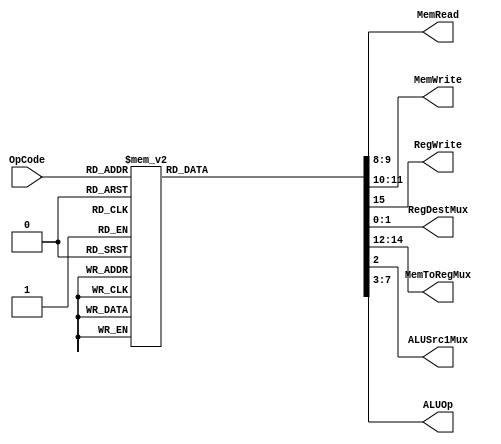
`timescale 1ns / 1ps
//////////////////////////////////////////////////////////////////////////////////
// Company: University of Arizona
// 
// Module Name: Control
//////////////////////////////////////////////////////////////////////////////////


module Control(OpCode, MemRead, MemWrite, RegWrite, 
                RegDestMux, MemToRegMux, 
                ALUSrc1Mux, ALUOp);
    
    input [5:0] OpCode;
    output reg RegWrite;
    output reg ALUSrc1Mux; 
    output reg [1:0] RegDestMux, MemRead, MemWrite;
    output reg [2:0] MemToRegMux;
    output reg [4:0] ALUOp;
    
    /*
    MemRead, MemWrite, RegWrite: 0 = off, 1 = on
    ALUSrc1Mux: 0 = rt, 1 = immediate value
    RegDestMux: 0 = rt, 1 = rd, 2 = 31bit thing, 3 = unused
    MemToRegMux: 0 = ALU1Result, 1 = MemReadData, 2 = rs, 3 = ShiftVal from something, 4 = add 4??, 5 = ALU Zero flag 
    ALUOp: Identifiers for ALUController
    */
    
    always @(OpCode)
    begin
        case(OpCode)
            // "SPECIAL" opcode
            // Add (signed), Add (unsigned), Subtract (signed), Multiply Word (signed), Multiply Word (unsigned)
            // AND, OR, NOR, XOR, Shift Left SLL, Shift Left Var SLLV, Shift Right SRL, Shift Right Var SRLV
            // SLT (signed), SLTU unsigned), Move Cond. Zero MOVZ, Move Cond. NZero MOVN
            // Shift Right Arithmetic SRA, Shift Right Variable SRAV, 
            // ROTR (has 00001 in rs field), ROTRV (has 00001 in sa field)
            6'b000000:  //ALUOp = 0
            begin
                RegDestMux <= 2'b01;    // Choose: rd
                ALUSrc1Mux <= 0;        // Choose: rt
                ALUOp <= 5'b00000;      // 
                MemRead <= 0;           // Not reading memory
                MemWrite <= 0;          // Not writing memory
                MemToRegMux <= 3'b000;  // Choose: ALU output
                RegWrite <= 1;          // Write to Register
            end
            
            // "SPECIAL2" opcodes
            // Multiply MUL (32 least sig bit), MADD, MSUB
            6'b011100:  //ALUOp = 1
            begin
                RegDestMux <= 2'b01;    // Choose: rd (rd = 0 for MADD/MSUB)
                ALUSrc1Mux <= 0;        // Choose: rt
                ALUOp <= 5'b00001;      // 
                MemRead <= 0;           // Not reading memory
                MemWrite <= 0;          // Not writing memory
                MemToRegMux <= 3'b000;  // Choose: ALU output for MUL -> rd, MAdd/MSub HiLo stay in ALU
                RegWrite <= 1;          // Write to Register
            end
            
            // "SPECIAL3" opcodes
            // Sign Extend Half SEH, Sign Extend Byte SEB
            // FIXME FIXME FIXME FIXME FIXME FIXME@@@@@@@@@@@@@@@@@@@@@@@@@@@@@@@@@@@@@
            6'b011111:  //ALUOp = 2
            begin
                RegDestMux <= 2'b01;    // Choose: rd
                ALUSrc1Mux <= 0;        // Choose: rt
                ALUOp <= 5'b00010;      // 
                MemRead <= 0;           // Not reading memory
                MemWrite <= 0;          // Not writing memory
                MemToRegMux <= 3'b000;  // Choose: ALU output
                RegWrite <= 1;          // Write to Register
            end
            
            // Add Immediate Signed
            6'b001000:  //ALUOp = 3
            begin
                RegDestMux <= 2'b00;    // Choose: rt
                ALUSrc1Mux <= 1;        // Choose: imme
                ALUOp <= 5'b00011;      // 
                MemRead <= 0;           // Not accessing memory
                MemWrite <= 0;          // Not writing memory
                MemToRegMux <= 3'b000;  // Choose: ALU output
                RegWrite <= 1;          // Write to Register
            end
            
            // Add Immediate Unsigned
            6'b001001:  //ALUOp = 4
            begin
                RegDestMux <= 2'b00;    // Choose: rt
                ALUSrc1Mux <= 1;        // Choose: imme
                ALUOp <= 5'b00100;      // 
                MemRead <= 0;           // Not accessing memory
                MemWrite <= 0;          // Not writing memory
                MemToRegMux <= 3'b000;  // Choose: ALU output
                RegWrite <= 1;          // Write to Register
            end
            
            //AND Immediate
            6'b001100:  //ALUOp = 5
            begin
                RegDestMux <= 2'b00;    // Choose: rt
                ALUSrc1Mux <= 1;        // Choose: imme
                ALUOp <= 5'b00101;      //
                MemRead <= 0;           // Not accessing memory
                MemWrite <= 0;          // Not writing memory
                MemToRegMux <= 3'b000;  // Choose: ALU output
                RegWrite <= 1;          // Write to Register
            end
            
            //OR Immediate
            6'b001101:  //ALUOp = 6
            begin
                RegDestMux <= 2'b00;    // Choose: rt
                ALUSrc1Mux <= 1;        // Choose: imme
                ALUOp <= 5'b00110;      // 
                MemRead <= 0;           // Not accessing memory
                MemWrite <= 0;          // Not writing memory
                MemToRegMux <= 3'b000;  // Choose: ALU output
                RegWrite <= 1;          // Write to Register
            end
            
            //XOR Immediate
            6'b001110:  //ALUOp = 7
            begin
                RegDestMux <= 2'b00;    // Choose: rt
                ALUSrc1Mux <= 1;        // Choose: imme
                ALUOp <= 5'b00111;      // 
                MemRead <= 0;           // Not accessing memory
                MemWrite <= 0;          // Not writing memory
                MemToRegMux <= 3'b000;  // Choose: ALU output
                RegWrite <= 1;          // Write to Register
            end
           
            //Set Less Than Immediate
            6'b001010:  //ALUOp = 8
            begin
                RegDestMux <= 2'b00;    // Choose: rt
                ALUSrc1Mux <= 1;        // Choose: imme
                ALUOp <= 5'b01000;      // 
                MemRead <= 0;           // Not accessing memory
                MemWrite <= 0;          // Not writing memory
                MemToRegMux <= 3'b000;  // Choose: ALU output
                RegWrite <= 1;          // Write to Register
            end
                        
            //Set Less Than Immediate (Unsigned)
            6'b001011:  //ALUOp = 9
            begin
                RegDestMux <= 2'b00;    // Choose: rt
                ALUSrc1Mux <= 1;        // Choose: imme
                ALUOp <= 5'b01001;      // 
                MemRead <= 0;           // Not accessing memory
                MemWrite <= 0;          // Not writing memory
                MemToRegMux <= 3'b000;  // Choose: ALU output
                RegWrite <= 1;          // Write to Register
            end
            
            //////////////////////////////////////////////////////////////
            // FIXME FIXME FIXME
            // NEED TO DOUBLE CHECK MemToRegMux so that LW writes to
            // Should we just use the add operation? since its' base + offset
            // the output that comes out of DataMemory
            //////////////////////////////////////////////////////////////
            
            //Load Upper Immediate, either have its own or send through left shift n concatenate
            6'b001111:
            begin
                RegDestMux <= 2'b00;    // Choose: rt
                ALUSrc1Mux <= 1;        // Choose: imme
                ALUOp <= 5'b01010;      // 
                MemRead <= 0;           // Not accessing memory
                MemWrite <= 0;          // Not writing memory
                MemToRegMux <= 3'b000;  // Choose: ALU output
                RegWrite <= 1;          // Not writing to Register
            end
            
            //Branch on Equal (BEQ)
            6'b000100:
            begin //below is copypasta so ignore some of the values
                RegDestMux <= 2'b00;    // Choose: who cares
                ALUSrc1Mux <= 0;        // Choose: rt
                ALUOp <= 5'b01011;      // 
                MemRead <= 0;           // Not accessing memory
                MemWrite <= 0;          // Not writing memory
                MemToRegMux <= 3'b000;  // Choose: ALU output
                RegWrite <= 0;          // Not writing to Register    
            end
            
            //Branch on NOT Equal (BNE)
            6'b000101:
            begin //below is copypasta so ignore some of the values
                RegDestMux <= 2'b00;    // Choose: who cares
                ALUSrc1Mux <= 0;        // Choose: rt
                ALUOp <= 5'b01100;      // 
                MemRead <= 0;           // Not accessing memory
                MemWrite <= 0;          // Not writing memory
                MemToRegMux <= 3'b000;  // Choose: ALU output
                RegWrite <= 0;          // Not writing to Register    
            end
            
            //Branch if Greater than zero
            6'b000111:
            begin //below is copypasta so ignore some of the values
                RegDestMux <= 2'b00;    // Choose: who cares
                ALUSrc1Mux <= 0;        // Choose: rt
                ALUOp <= 5'b01101;      // 
                MemRead <= 0;           // Not accessing memory
                MemWrite <= 0;          // Not writing memory
                MemToRegMux <= 3'b000;  // Choose: ALU output
                RegWrite <= 0;          // Not writing to Register    
            end
            
            // "REGIMM", has BGEZ (rt == 1) and BLTZ (rt == 0)
            6'b000001:
            begin //below is copypasta so ignore some of the values
                RegDestMux <= 2'b00;    // Choose: who cares
                ALUSrc1Mux <= 0;        // Choose: rt
                ALUOp <= 5'b01110;      // 
                MemRead <= 0;           // Not accessing memory
                MemWrite <= 0;          // Not writing memory
                MemToRegMux <= 3'b000;  // Choose: ALU output
                RegWrite <= 0;          // Not writing to Register    
            end
            
            //Branch if less than or equal to zero
            6'b000110:
            begin //below is copypasta so ignore some of the values
                RegDestMux <= 2'b00;    // Choose: who cares
                ALUSrc1Mux <= 0;        // Choose: rt
                ALUOp <= 5'b01111;      // 
                MemRead <= 0;           // Not accessing memory
                MemWrite <= 0;          // Not writing memory
                MemToRegMux <= 3'b000;  // Choose: ALU output
                RegWrite <= 0;          // Not writing to Register    
            end
            
            // Jump
            6'b000010:
            begin //below is copypasta so ignore some of the values
                RegDestMux <= 2'b00;    // Choose: who cares
                ALUSrc1Mux <= 0;        // Choose: doesn't matter
                ALUOp <= 5'b10000;      // 
                MemRead <= 0;           // Not accessing memory
                MemWrite <= 0;          // Not writing memory
                MemToRegMux <= 3'b000;  // Choose: ALU output
                RegWrite <= 0;          // Not writing to Register    
            end
            
            // Jump and Link
            6'b000011:
            begin //below is copypasta so ignore some of the values
                RegDestMux <= 2'b10;    // Choose: reg 31
                ALUSrc1Mux <= 0;        // Choose: doesn't matter
                ALUOp <= 5'b10001;      // 
                MemRead <= 0;           // Not accessing memory
                MemWrite <= 0;          // Not writing memory
                MemToRegMux <= 3'b100;  // Choose: tempAddr + 8
                RegWrite <= 1;          // Writing to Register    
            end
             
            //Load Word
            6'b100011:
            begin
                RegDestMux <= 2'b00;    // Choose: rt
                ALUSrc1Mux <= 1;        // Choose: imme
                ALUOp <= 5'b10010;      // Add unsigned (base + offset)
                MemRead <= 1;           // Accessing memory
                MemWrite <= 0;          // Not writing memory
                MemToRegMux <= 3'b011;  // Choose: Memory output
                RegWrite <= 1;          // Write to Register
            end
            
            //Load Byte (signed)
            6'b100000:
            begin
                RegDestMux <= 2'b00;    // Choose: rt
                ALUSrc1Mux <= 1;        // Choose: imme
                ALUOp <= 5'b10010;      // Add unsigned (base + offset)
                MemRead <= 2;           // Accessing memory
                MemWrite <= 0;          // Not writing memory
                MemToRegMux <= 3'b011;  // Choose: Memory output
                RegWrite <= 1;          // Write to Register
            end
            
            //Load Half
            6'b100001:
            begin
                RegDestMux <= 2'b00;    // Choose: rt
                ALUSrc1Mux <= 1;        // Choose: imme
                ALUOp <= 5'b10010;      // Add unsigned (base + offset)
                MemRead <= 3;           // Accessing memory
                MemWrite <= 0;          // Not writing memory
                MemToRegMux <= 3'b011;  // Choose: Memory output
                RegWrite <= 1;          // Write to Register
            end
            
            //Store Word
            6'b101011:
            begin
                RegDestMux <= 2'b00;    // Choose: rt
                ALUSrc1Mux <= 1;        // Choose: imme
                ALUOp <= 5'b10010;      // Add unsigned (base + offset)
                MemRead <= 0;           // Not accessing memory
                MemWrite <= 1;          // Writing memory
                MemToRegMux <= 3'b000;  // Choose: 
                RegWrite <= 0;          // Not writing to Register
            end
            
            //Store Byte
            6'b101000:
            begin
                RegDestMux <= 2'b00;    // Choose: rt
                ALUSrc1Mux <= 1;        // Choose: imme
                ALUOp <= 5'b10010;      // Add Unsigned (base + offset)
                MemRead <= 0;           // Not accessing memory
                MemWrite <= 2;          // Writing memory
                MemToRegMux <= 3'b000;  // Choose: 
                RegWrite <= 0;          // Not writing to Register
            end
            
            //Store Half
            6'b101001:
            begin
                RegDestMux <= 2'b00;    // Choose: rt
                ALUSrc1Mux <= 1;        // Choose: imme
                ALUOp <= 5'b10010;      // Add Unsigned (base + offset)
                MemRead <= 0;           // Not accessing memory
                MemWrite <= 3;          // Writing memory
                MemToRegMux <= 3'b000;  // Choose: 
                RegWrite <= 0;          // Not writing to Register  
            end  
             
            //default
            default:    //ALUOP = 11111
            begin
                RegDestMux <= 2'b11;    //choose rd as destination
                ALUSrc1Mux <= 0;        //want rt, not imme
                ALUOp <= 5'b11111;      //choose ALU operation
                MemRead <= 0;           //not accessing memory
                MemWrite <= 0;          //not writing memory
                MemToRegMux <= 3'b111;  //not using memory output, alu1 output
                RegWrite <= 1;          // Write to Register
            end
        endcase
    end
    
endmodule